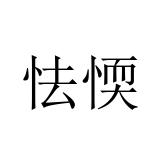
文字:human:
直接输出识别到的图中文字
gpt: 怯愞